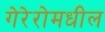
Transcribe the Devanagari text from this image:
गेरेरोमधील